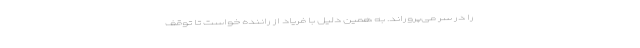
را در سر می‌پروراند. به همین دلیل با فریاد از راننده خواست تا توقف